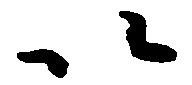
以